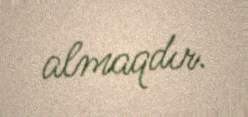
almaqdır.